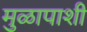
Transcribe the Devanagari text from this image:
मुळापाशी